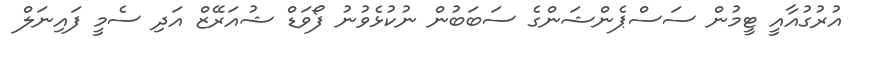
އުރުގުއާއީ ޓީމުން ސަސްޕެންޝަންގެ ސަބަބުން ނުކުޅެވުނު ފޯވަޑް ޝުއަރޭޒް އަދި ސެމީ ފައިނަލް